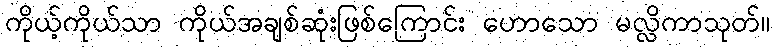
ကိုယ့်ကိုယ်သာ ကိုယ်အချစ်ဆုံးဖြစ်ကြောင်း ဟောသော မလ္လိကာသုတ်။